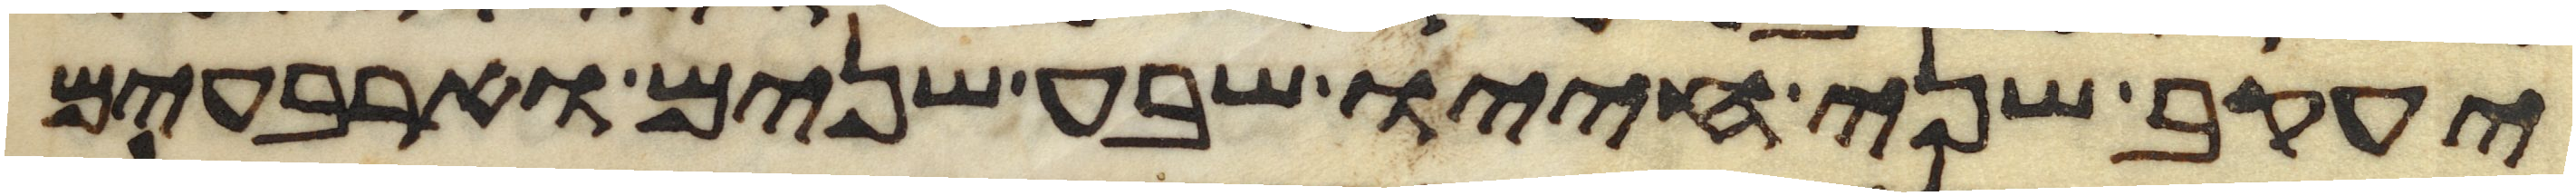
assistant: יעקב שני חייו שבע שנים וארבעים